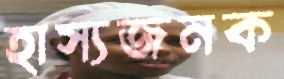
হাস্যজনক